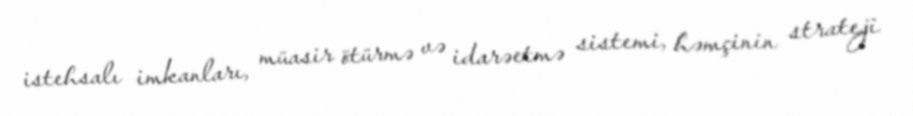
istehsalı imkanları, müasir ötürmə və idarəetmə sistemi, həmçinin strateji